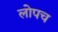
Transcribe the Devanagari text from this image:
लोपच